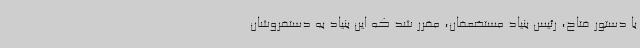
با دستور فتاح، رئیس بنیاد مستضعفان، مقرر شد که این بنیاد به دستفروشان